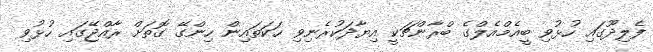
ފެލިދޫގައި ހުޅުވި ބީއެމްއެލްގެ ބްރާންޗަކީ އިޔާދަކުރެނިވި ހަކަތައިން ހިންގޭ ގޮތަށް ރާއްޖޭގައި ހުޅުވި